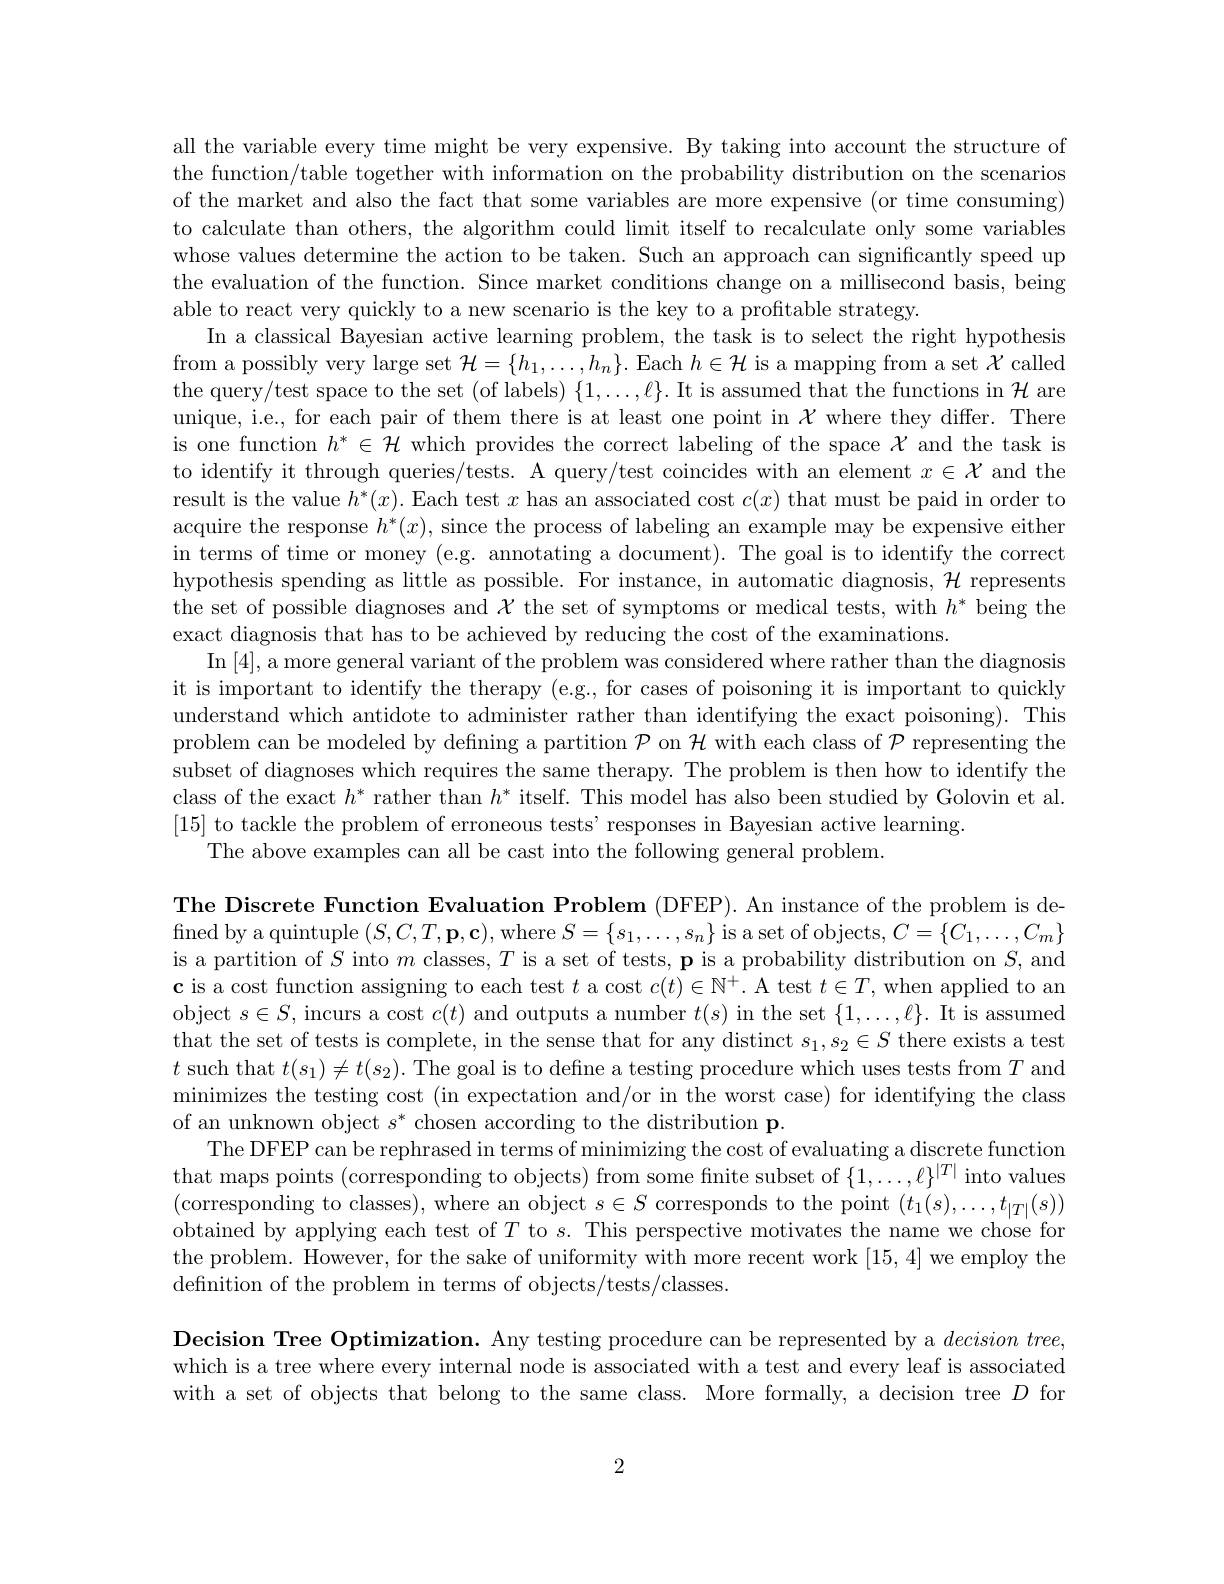
all the variable every time might be very expensive. By taking into account the structure of the function/table together with information on the probability distribution on the scenarios of the market and also the fact that some variables are more expensive (or time consuming) to calculate than others, the algorithm could limit itself to recalculate only some variables whose values determine the action to be taken. Such an approach can significantly speed up the evaluation of the function. Since market conditions change on a millisecond basis, being able to react very quickly to a new scenario is the key to a profitable strategy.
In a classical Bayesian active learning problem, the task is to select the right hypothesis from a possibly very large set $\mathcal{H}=\{h_1,\ldots,h_n\}.$ Each $h\in\mathcal{H}$ is a mapping from a set $\mathcal{X}$ called the query/test space to the set (of labels) $\{1,\ldots,\ell\}.$ It is assumed that the functions in $\mathcal{H}$ are unique, i.e., for each pair of them there is at least one point in $\mathcal{X}$ where they differ. There is one function $h^*\in\mathcal{H}$ which provides the correct labeling of the space $\mathcal{X}$ and the task is to identify it through queries/tests. A query/test coincides with an element $x\in\mathcal{X}$ and the result is the value $h^*(x).$ Each test $x$ has an associated cost $c(x)$ that must be paid in order to acquire the response $h^*(x)$, since the process of labeling an example may be expensive either in terms of time or money (e.g. annotating a document). The goal is to identify the correct hypothesis spending as little as possible. For instance, in automatic diagnosis, $\mathcal{H}$ represents the set of possible diagnoses and $\mathcal{X}$ the set of symptoms or medical tests, with $h^*$ being the exact diagnosis that has to be achieved by reducing the cost of the examinations.
$\operatorname{In}\left[4\right]$, a more general variant of the problem was considered where rather than the diagnosis it is important to identify the therapy (e.g., for cases of poisoning it is important to quickly understand which antidote to administer rather than identifying the exact poisoning). This problem can be modeled by defining a partition $\mathcal{P}$ on $\mathcal{H}$ with each class of $\mathcal{P}$ representing the subset of diagnoses which requires the same therapy. The problem is then how to identify the class of the exact $h^*$ rather than $h^*$ itself. This model has also been studied by Golovin et al. [15] to tackle the problem of erroneous tests' responses in Bayesian active learning.
The above examples can all be cast into the following general problem.

The Discrete Function Evaluation Problem (DFEP). An instance of the problem is defined by a quintuple $(S,C,T,\mathbf{p},\mathbf{c})$,where $S=\{s_1,\ldots,s_{n}\}$ is a set of objects$,C=\{C_1,\ldots,C_{m}\}$ is a partition of $S$ into $m$ classes, $T$ is a set of tests, p is a probability distribution on $S$, and c is a cost function assigning to each test $t$ a cost $c(t)\in\mathbb{N}^+.$ A test $t\in T$, when applied to an object $s\in S$, incurs a cost $c(t)$ and outputs a number $t(s)$ in the set $\{1,\ldots,\ell\}.$ It is assumed that the set of tests is complete, in the sense that for any distinct $s_1,s_2\in S$ there exists a test $t$ such that $t(s_1)\neq t(s_2).$ The goal is to define a testing procedure which uses tests from $T$ and minimizes the testing cost (in expectation and/or in the worst case) for identifying the class of an unknown object $s^*$ chosen according to the distribution p.
The DFEP can be rephrased in terms of minimizing the cost of evaluating a discrete function that maps points (corresponding to objects) from some finite subset of $\{1,\ldots,\ell\}^|T|$ into values (corresponding to classes), where an object $s\in S$ corresponds to the point $(t_1(s),\ldots,t_{|T|}(s))$ obtained by applying each test of $T$ to $s.$ This perspective motivates the name we chose for the problem. However, for the sake of uniformity with more recent work [15,4] we employ the definition of the problem in terms of objects/tests/classes

Decision Tree Optimization. Any testing procedure can be represented by a $decision tree$, which is a tree where every internal node is associated with a test and every leaf is associated with a set of objects that belong to the same class. More formally, a decision tree $D$ for

2